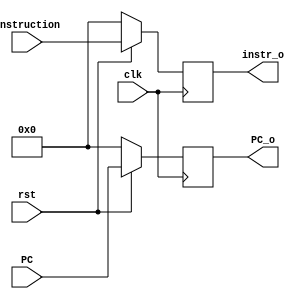
module IFtoID(clk, rst, PC, instruction, PC_o, instr_o);

input clk;
input rst;

input [32-1:0]PC;
input [32-1:0]instruction;

output reg [32-1:0]PC_o;
output reg [32-1:0]instr_o;

always @(posedge clk) begin
	if(rst == 0) begin
		PC_o <= 0;
		instr_o <= 0;
	end
	else begin
		PC_o <= PC;
		instr_o <= instruction;
	end
end

endmodule